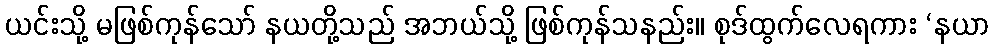
ယင်းသို့ မဖြစ်ကုန်သော် နယတို့သည် အဘယ်သို့ ဖြစ်ကုန်သနည်း။ စုဒ်ထွက်လေရကား ‘နယာ